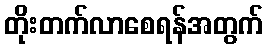
တိုးတက်လာစေရန်အတွက်